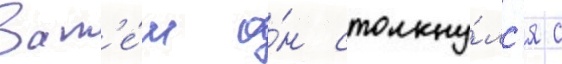
Зат'е́м о́н столкну́лс'я с